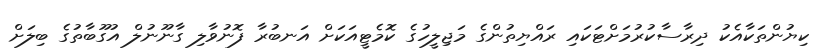
ކިޔުންތަކާއެކު ދިރާސާކުރުމަށްޓަކައި ރައްޔިތުންގެ މަޖިލީހުގެ ކޮމެޓީއަކަށް އަނބުރާ ފޮނުވާލި ގާނޫނުލް އުގޫބާތުގެ ބިލަށް